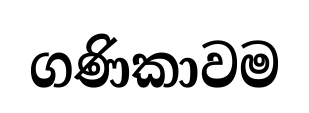
ගණිකාවම